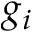
g _ { i }